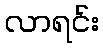
လာရင်း